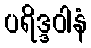
ပရိဒ္ဒဝါနံ